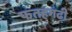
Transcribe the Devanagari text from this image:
फतहगढी